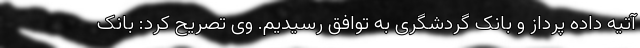
آتیه داده پرداز و بانک گردشگری به توافق رسیدیم. وی تصریح کرد: بانک